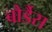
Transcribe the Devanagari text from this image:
बौर्डैस